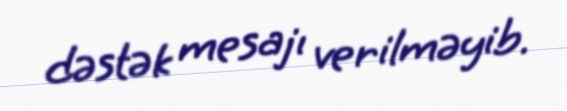
dəstək mesajı verilməyib.